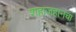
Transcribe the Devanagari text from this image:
शहाजहानचा